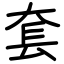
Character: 套